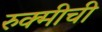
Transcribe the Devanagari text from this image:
रुक्मीची